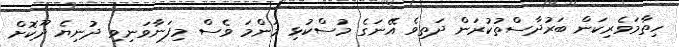
ހިތާމަވެރިކަން ބަރުދާސްތުކުރަން ދަތިވެ އޭނަގެ މުސްކުޅި މަންމަ ވެސް މިފަނާވަނިވި ދުނިޔެ ދޫކޮށް